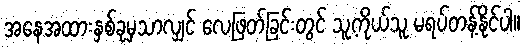
အနေအထားနှစ်ခုမှသာလျှင် လေဖြတ်ခြင်းတွင် သူ့ကိုယ်သူ မရပ်တန့်နိုင်ပါ။